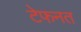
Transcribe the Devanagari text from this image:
टेफनत